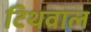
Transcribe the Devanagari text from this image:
टिथवाल